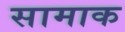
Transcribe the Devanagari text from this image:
सामाक